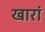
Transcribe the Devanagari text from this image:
खारां